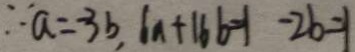
\because a = - 3 b , 6 a + 1 6 b = 1 - 2 b = 1